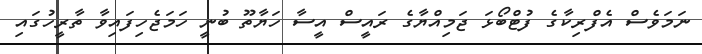
ނަމަވެސް އެފްރިކާގެ ފުޓްބޯޅަ ޖަމިއްޔާގެ ރައީސް އީސާ ހަޔާތޫ ބުނީ ހަމަޖެހިފައިވާ ތާރީހުގައި